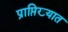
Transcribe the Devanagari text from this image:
प्राप्तिख्यात